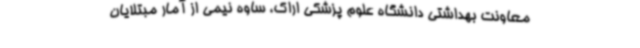
معاونت بهداشتی دانشگاه علوم پزشکی اراک، ساوه نیمی از آمار مبتلایان